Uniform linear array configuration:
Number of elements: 32
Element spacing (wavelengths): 0.25
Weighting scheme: binomial
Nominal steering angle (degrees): -15
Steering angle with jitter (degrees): -14.18
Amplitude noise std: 0.05
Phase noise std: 0.05

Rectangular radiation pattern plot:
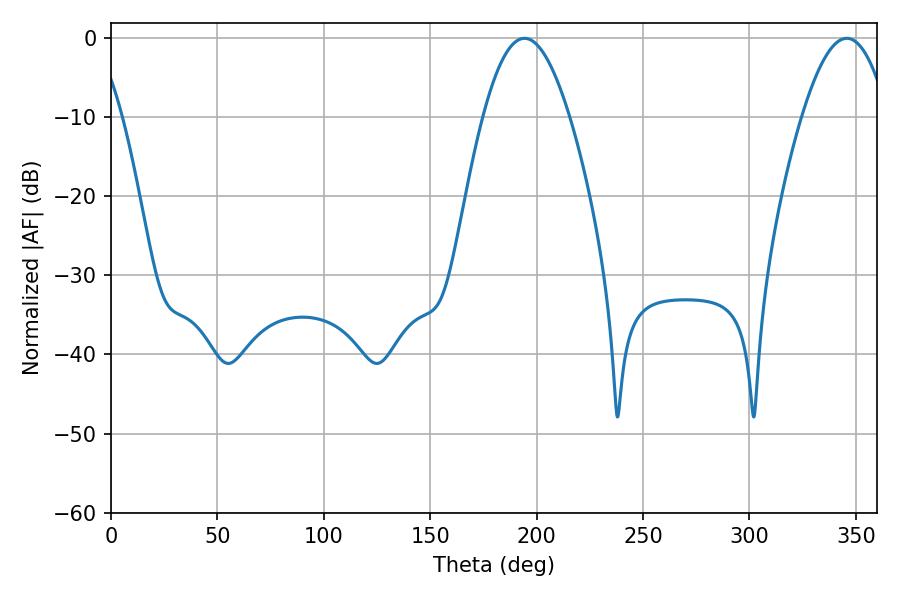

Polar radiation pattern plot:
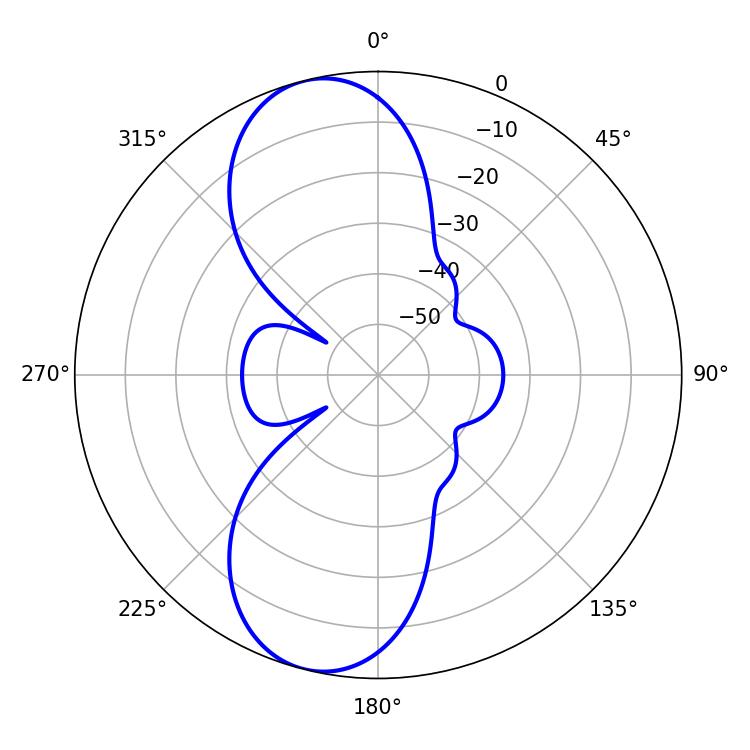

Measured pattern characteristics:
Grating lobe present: FALSE
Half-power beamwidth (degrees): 22.14
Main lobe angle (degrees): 194.22